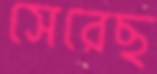
সেরেছ